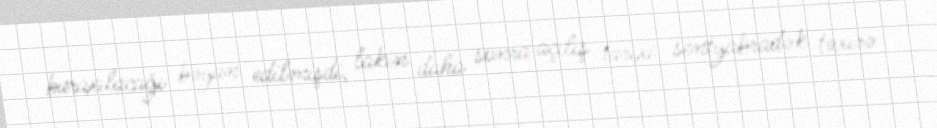
buraxılacağı bəyan edilmişdi, lakin daha sonra açılış tarixi sentyabradək təxirə